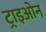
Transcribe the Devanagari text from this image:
ट्राइओन